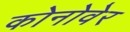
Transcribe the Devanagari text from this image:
कोनोवेर